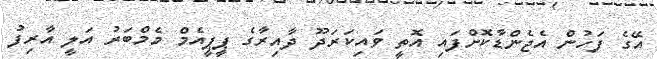
އޭގެ ފަހުން އެޖެންޑާކޮށްފައި އޮތީ ވައިކަރަދޫ ދާއިރާގެ ޕީޕީއެމް މެމްބަރު އަލީ އާރިފު